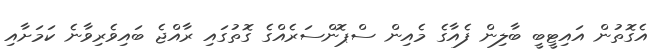
އެގޮތުން އައިޓީބީ ބާލިން ފެއާގެ މެއިން ސްޕޮންސަރެއްގެ ގޮތުގައި ރާއްޖެ ބައިވެރިވާނެ ކަމަށާއި